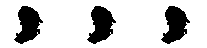
, , ,